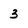
Character: 3